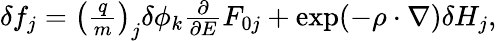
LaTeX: \begin{array}{r}{\delta f_{j}=\left(\frac{q}{m}\right)_{j}\delta\phi_{k}\frac{\partial}{\partial E}F_{0j}+\exp(-\mathbf{\rho}\cdot\nabla)\delta H_{j},}\end{array}